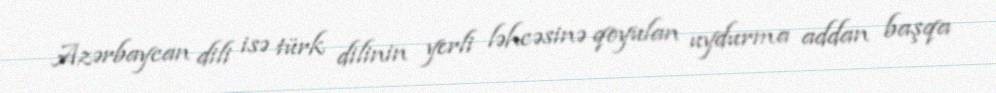
Azərbaycan dili isə türk dilinin yerli ləhcəsinə qoyulan uydurma addan başqa